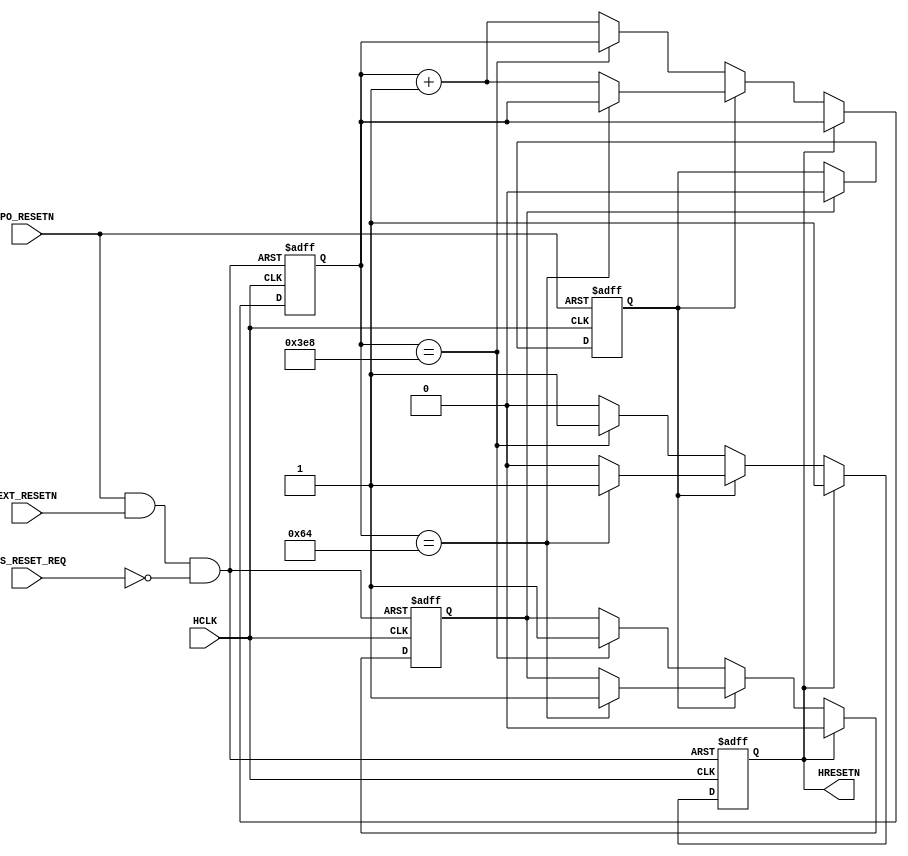
//--------------------------------------------------
// ********************************************************************/  
// Microsemi Corporation Proprietary and Confidential  
// Copyright 2016 Microsemi Corporation.  All rights reserved.  
//   
// ANY USE OR REDISTRIBUTION IN PART OR IN WHOLE MUST BE HANDLED IN  
// ACCORDANCE WITH THE MICROSEMI LICENSE AGREEMENT AND MUST BE APPROVED  
// IN ADVANCE IN WRITING.  
//   
// SVN Revision Information:  
// SVN $Revision: 27880 $  
// SVN $Date: 2016-11-18 00:25:39 +0000 (Fri, 18 Nov 2016) $  
//   
// Resolved SARs  
// SAR      Date     Who   Description  
// Notes:  
//   
//   
// *********************************************************************/                              
//--------------------------------------------------
 
 
module COREBOOTSTRAP_BOOT_RESET (
                   //  input ports
                   HCLK,
                   PO_RESETN,
                   EXT_RESETN,
                   SYS_RESET_REQ,
 
                   //  output ports
                   HRESETN
                   );
 
   parameter        RST_POR_DURATION = 100;
   parameter        RST_EXTPROC_DURATION = 1000;
//  input ports
   input            HCLK;
   wire             HCLK;
   input            PO_RESETN;
   wire             PO_RESETN;
   input            EXT_RESETN;
   wire             EXT_RESETN;
   input     [0:0]  SYS_RESET_REQ;
   wire      [0:0]  SYS_RESET_REQ;
//  output ports
   output           HRESETN;
   reg              HRESETN;
//  local signals
   reg              clr_por;
   reg              rst_by_por;
   reg       [31:0] rst_count;
   wire             async_resetn;
 
 
   always
      @( posedge HCLK or negedge async_resetn )
   begin   :RESET_COUNTER
 
      if (async_resetn == 0)
      begin
         HRESETN <= 1'b0;
         rst_count <= 32'b0;
         clr_por <= 1'b0;
      end
      else
      begin
         if (HRESETN == 0)
         begin
            if (rst_by_por)
            begin
               if (rst_count == RST_POR_DURATION)
               begin
                  HRESETN <= 1'b1;
                  clr_por <= 1'b1;
               end
               else
               begin
                  rst_count <= rst_count + 1;
               end
            end
            else
            begin
               if (rst_count == RST_EXTPROC_DURATION)
               begin
                  HRESETN <= 1'b1;
                  clr_por <= 1'b1;
               end
               else
               begin
                  rst_count <= rst_count + 1;
               end
            end
         end
         else
         begin
            clr_por <= 1'b0;
         end
      end
   end
 
 
 
   always
      @( posedge HCLK or negedge PO_RESETN )
   begin   :PO_RESET_REC
 
      if (PO_RESETN == 0)
      begin
         rst_by_por <= 1'b1;
      end
      else
      begin
         if (clr_por)
         begin
            rst_by_por <= 1'b0;
         end
      end
   end
 
   assign sys_reset_reqn = !(SYS_RESET_REQ); //Inverting for active low, similar to other resets.
   assign async_resetn = PO_RESETN & EXT_RESETN & sys_reset_reqn;
 
 
endmodule